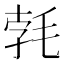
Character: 𣭷